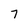
Character: 7